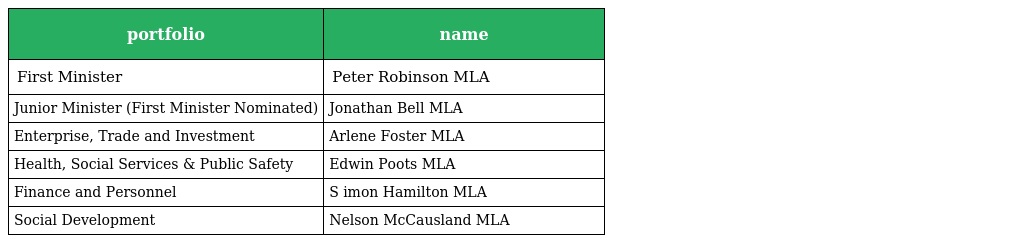
| portfolio | name |
 | --- | --- |
 | First Minister | Peter Robinson MLA |
 | Junior Minister (First Minister Nominated) | Jonathan Bell MLA |
 | Enterprise, Trade and Investment | Arlene Foster MLA |
 | Health, Social Services & Public Safety | Edwin Poots MLA |
 | Finance and Personnel | S imon Hamilton MLA |
 | Social Development | Nelson McCausland MLA |